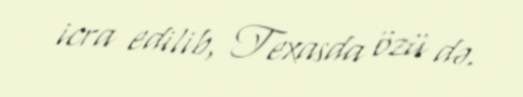
icra edilib, Texasda özü də.